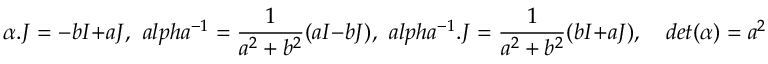
\alpha . J = - b I + a J , \ \, a l p h a ^ { - 1 } = \frac { 1 } { a ^ { 2 } + b ^ { 2 } } ( a I - b J ) , \ \, a l p h a ^ { - 1 } . J = \frac { 1 } { a ^ { 2 } + b ^ { 2 } } ( b I + a J ) , \quad d e t ( \alpha ) = a ^ { 2 } + b ^ { 2 }